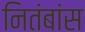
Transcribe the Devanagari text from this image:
नितंबांस